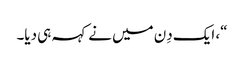
“، ایک دِن میں نے کہہ ہی دیا۔